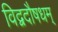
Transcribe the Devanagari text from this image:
विद्वदौषधम्